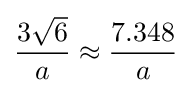
{\frac {3{\sqrt {6}}}{a}}\approx {\frac {7.348}{a}}